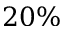
2 0 \%